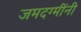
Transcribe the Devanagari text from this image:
जमदग्मींनी